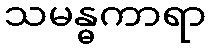
သမန္ဓကာရာ